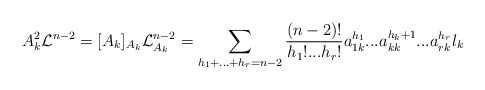
\begin{align*}A_{k}^{2}\mathcal{L}^{n-2}=[A_{k}]_{A_{k}}\mathcal{L}_{A_{k}}^{n-2}=\sum_{h_{1}+...+h_{r}=n-2}\frac{(n-2)!}{h_{1}!...h_{r}!}a_{1k}^{h_{1}}...a_{kk}^{h_{k}+1}...a_{rk}^{h_{r}}l_{k} \end{align*}